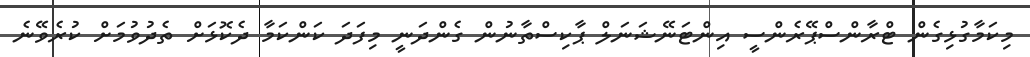
މިކަމާގުޅިގެން ޓްރާންސްޕޭރެންސީ އިންޓަނޭޝަނަލް ޕާކިސްތާނުން ގެންދަނީ މިފަދަ ކަންކަމާ ދެކޮޅަށް ތެދުވުމަށް ކުރެވޭނެ